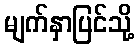
မျက်နှာပြင်သို့